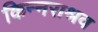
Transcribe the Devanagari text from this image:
किन्नराश्रव